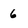
Character: 6